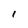
Character: l